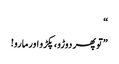
“
”تو پھر دوڑو،پکڑو اورمارو!